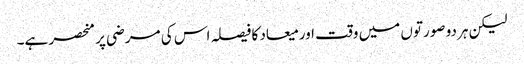
لیکن ہر دو صورتوں میں وقت اور میعاد کا فیصلہ اس کی مرضی پر منحصر ہے۔